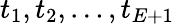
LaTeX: t_{1},t_{2},\ldots,t_{E+1}